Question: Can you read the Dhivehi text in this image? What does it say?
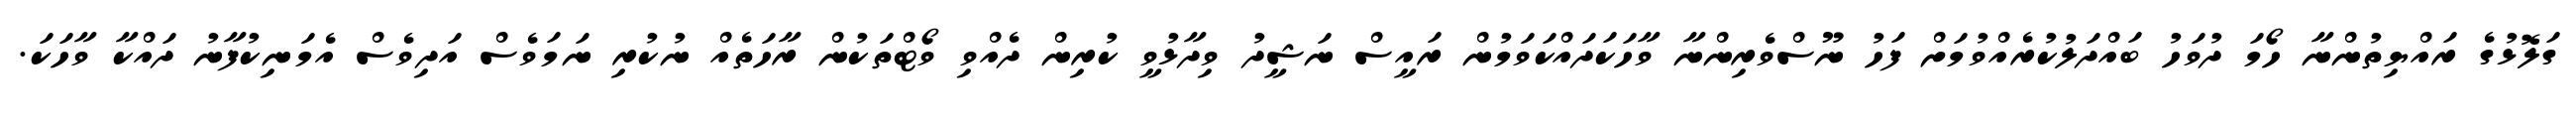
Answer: ގަލޮޅުގެ ރައްޔިތުންނާ ހޯމަ ދުވަހު ބައްދަލުކުރެއްވުމަށް ފަހު ނޫސްވެރިންނާ ވާހަކަދައްކަވަމުން ރައީސް ނަޝީދު ވިދާޅުވީ ކުރިން ދެއްވި ވޯޓްތަކުން ރާހަތެއް ނުކުރި ނަމަވެސް އަދިވެސް އެމަނިކުފާނު ދައްކާ ވާހަކަ.